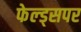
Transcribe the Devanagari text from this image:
फेल्ड्सपर